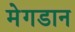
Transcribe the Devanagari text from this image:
मेगडान